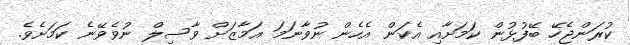
ކުރަންޖެހޭ ބޭފުޅުން ކަމަށާއި އެކަން އެހެން ނުވާނަމަ އަމާޒަށް ވާސިލް ނުވެވޭނެ ކަމަށެވެ.